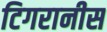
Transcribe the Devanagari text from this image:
टिगरानीस